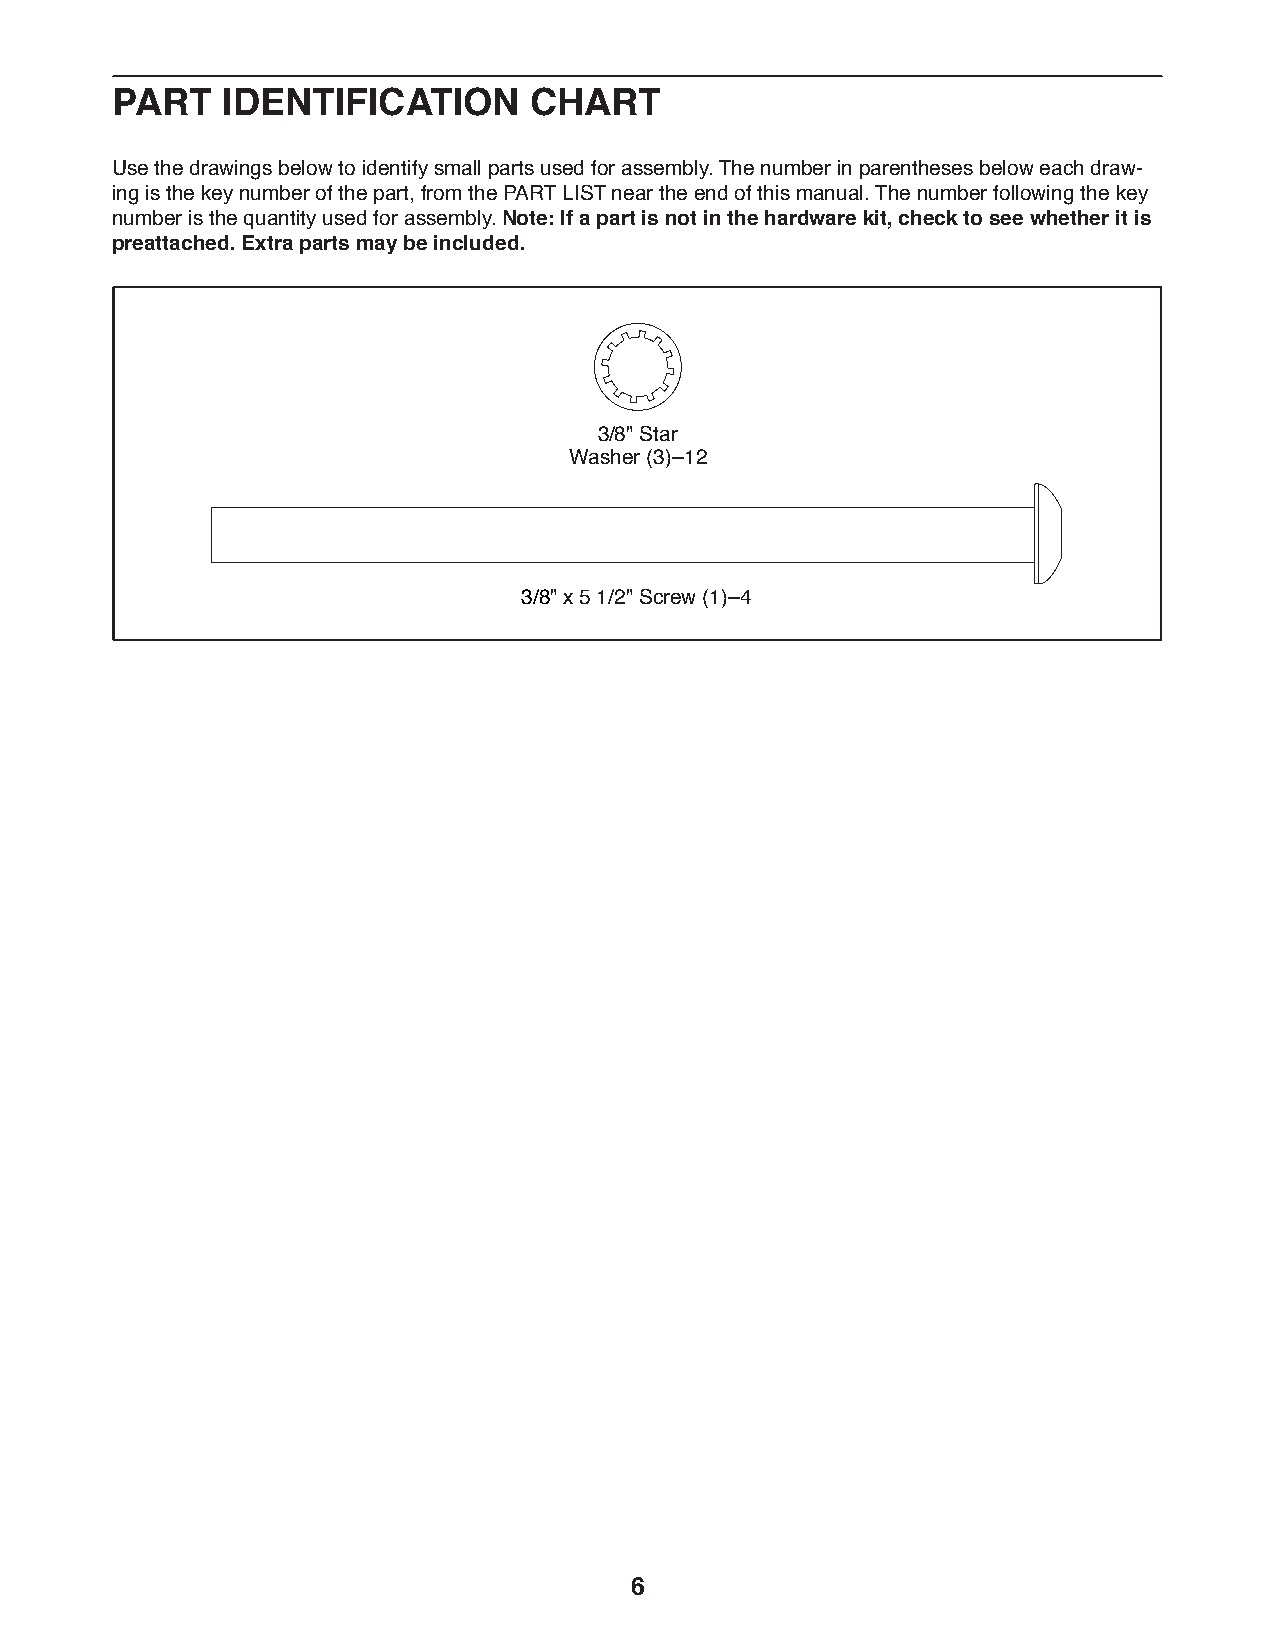
PART    IDENTIFICATION      CHART
 Use the drawings below to identify small parts used for assembly. The number in parentheses below each draw-
 ing is the key number of the part, from the PART LIST near the end of this manual. The number following the key
 number is the quantity used for assembly. Note: If a part is not in the hardware kit, check to see whether it is
 preattached. Extra parts may be included.
 3/8" Star
 Washer (3)–12
 3/8" x 5 1/2" Screw (1)–4
 6